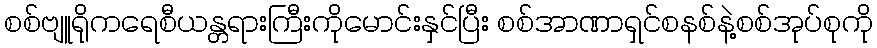
စစ်ဗျူရိုကရေစီယန္တရားကြီးကိုမောင်းနှင်ပြီး စစ်အာဏာရှင်စနစ်နဲ့စစ်အုပ်စုကို